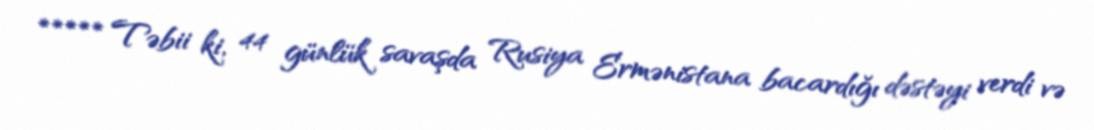
***** Təbii ki, 44 günlük savaşda Rusiya Ermənistana bacardığı dəstəyi verdi və